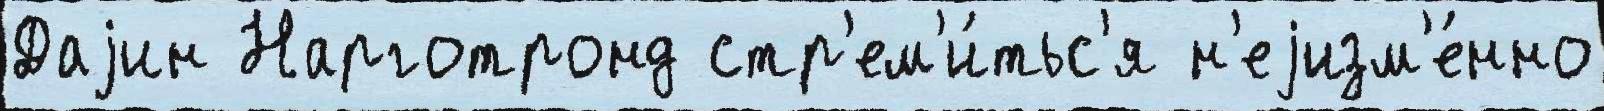
Даjин Нарготронд стр'ем'и́тьс'я н'еjизм'е́нно